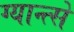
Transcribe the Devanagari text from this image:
ग्यान्त्से